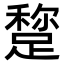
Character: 𨃾